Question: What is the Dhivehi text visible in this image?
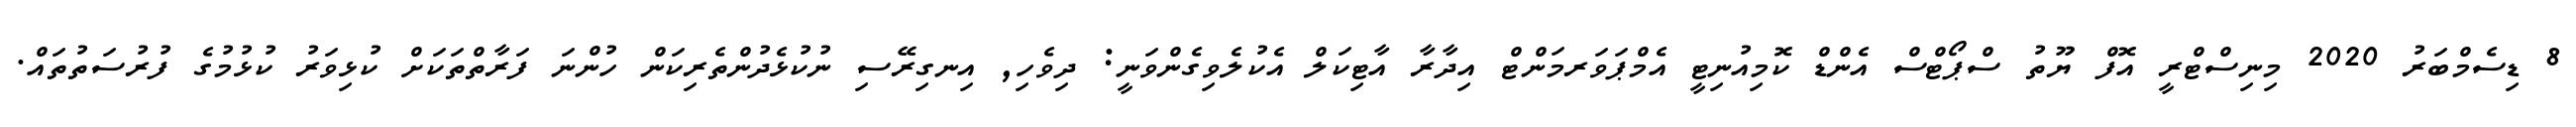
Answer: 8 ޑިސެމްބަރު 2020 މިނިސްޓްރީ އޮފް ޔޫތު ސްޕޯޓްސް އެންޑް ކޮމިއުނިޓީ އެމްޕަވަރމަންޓް އިދާރާ އާޓިކަލް އެކުލެވިގެންވަނީ: ދިވެހި, އިނގިރޭސި ނުކުޅެދުންތެރިކަން ހުންނަ ފަރާތްތަކަށް ކުޅިވަރު ކުޅުމުގެ ފުރުސަތުތައް.